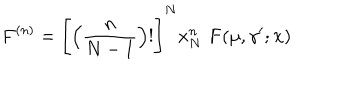
F ^ { ( n ) } = \Bigg [ \Big ( \frac { n } { N - 1 } \Big ) ! \Bigg ] ^ { N } x _ { N } ^ { n } \, \, { \bf F } ( \mu , \gamma ^ { \prime } ; { \bf x } )